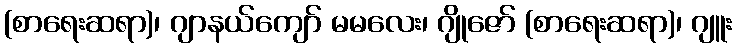
(စာရေးဆရာ)၊ ဂျာနယ်ကျော် မမလေး၊ ဂျိုဇော် (စာရေးဆရာ)၊ ဂျူး